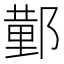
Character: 𮠆